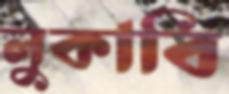
লুকাবি